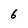
Character: 6